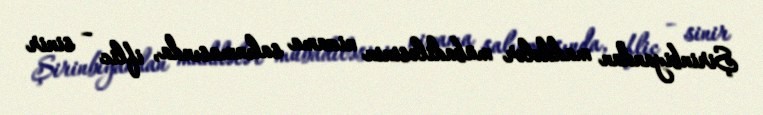
Şirinbiyandan maddələr mübadiləsinin nizama salınmasında, iflic – sinir